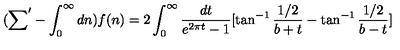
( { \sum } ^ { \prime } - \int _ { 0 } ^ { \infty } d n ) f ( n ) = 2 \int _ { 0 } ^ { \infty } \frac { d t } { e ^ { 2 \pi t } - 1 } [ \tan ^ { - 1 } \frac { 1 / 2 } { b + t } - \tan ^ { - 1 } \frac { 1 / 2 } { b - t } ]